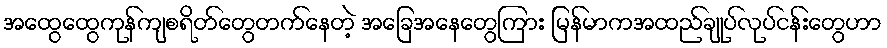
အထွေထွေကုန်ကျစရိတ်တွေတက်နေတဲ့ အခြေအနေတွေကြား မြန်မာကအထည်ချုပ်လုပ်ငန်းတွေဟာ